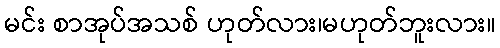
မင်း စာအုပ်အသစ် ဟုတ်လား၊မဟုတ်ဘူးလား။